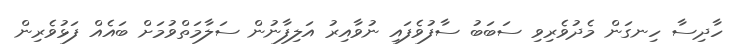
ހާދިސާ ހިނގަން މެދުވެރިވި ސަބަބު ސާފުވެފައި ނުވާއިރު އަލިފާނުން ސަލާމަތްވުމަށް ބައެއް ފަޅުވެރިން